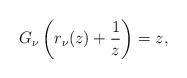
LaTeX: \begin{align*}G_{\nu}\left(r_{\nu}(z)+\frac{1}{z}\right)=z,\end{align*}